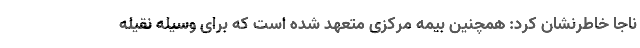
ناجا خاطرنشان کرد: همچنین بیمه مرکزی متعهد شده است که برای وسیله نقیله